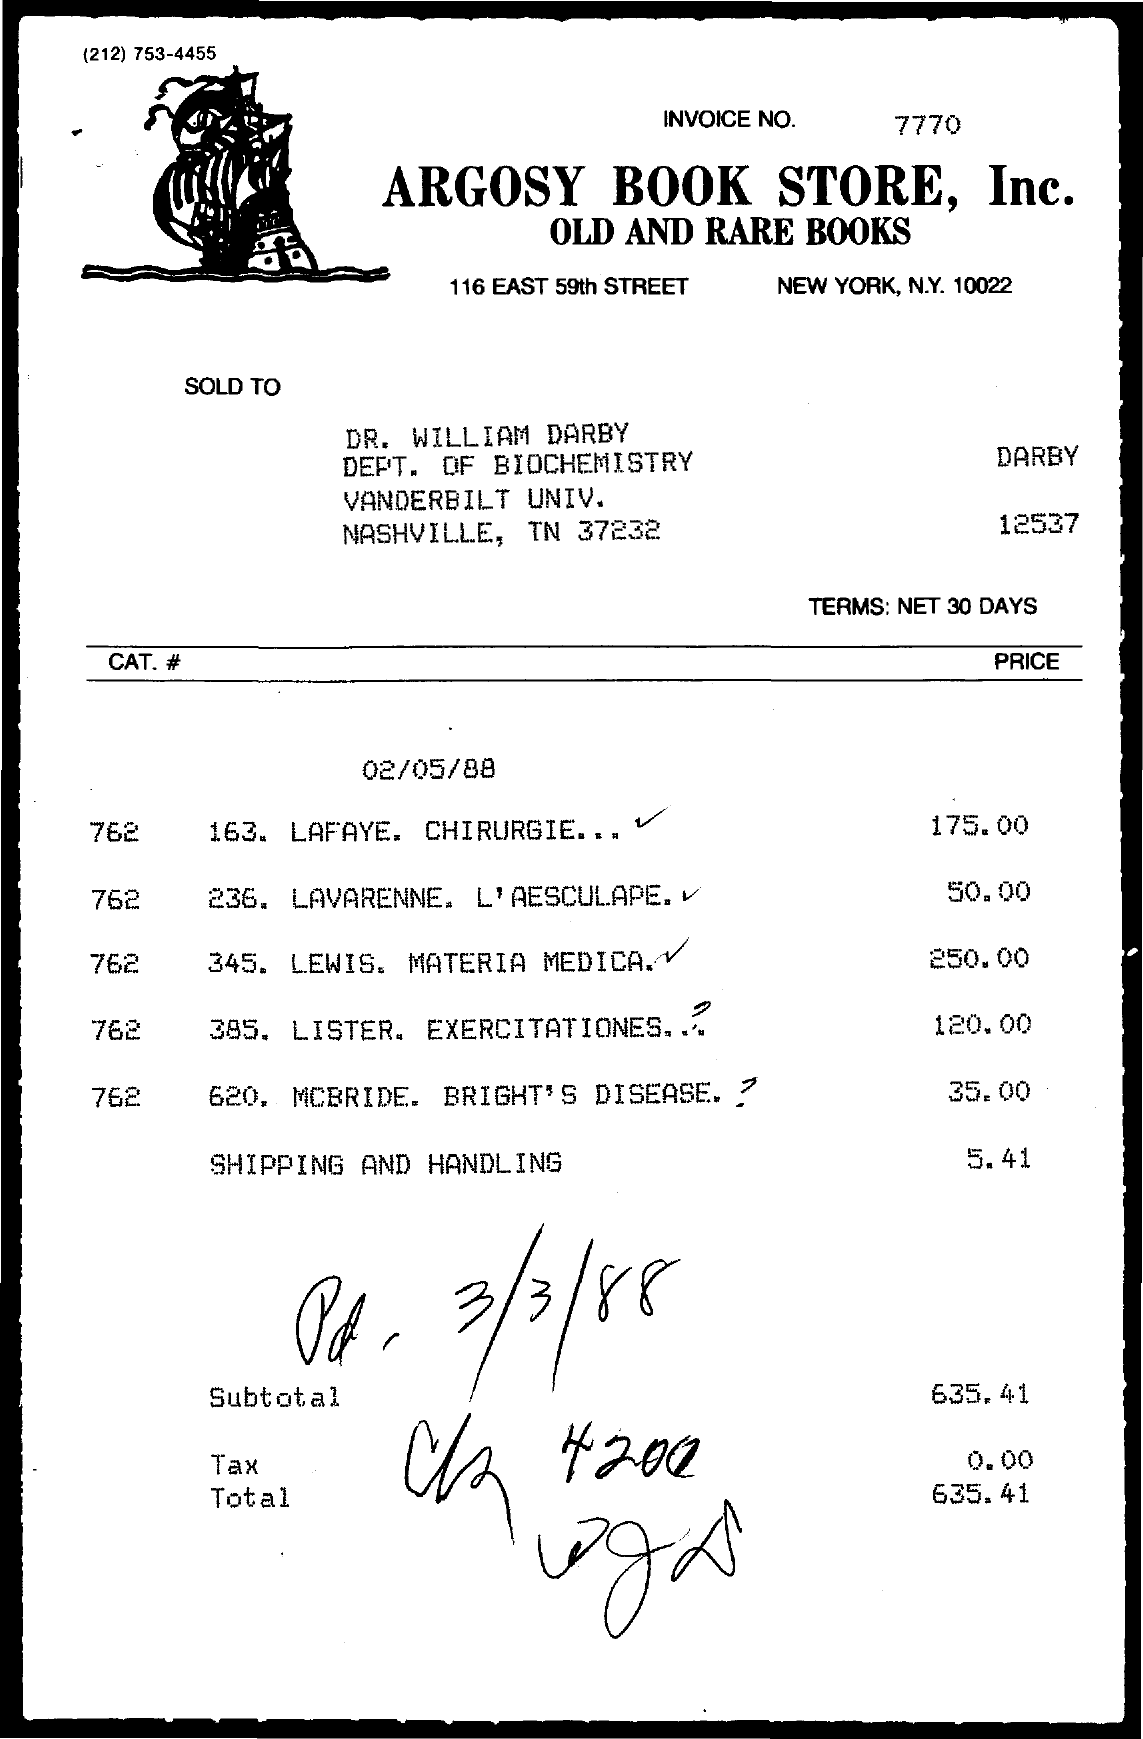
(212) 753-4455
     INVOICE NO. 7770
     ARGOSY   BOOK   STORE,  Inc.
     OLD AND RARE BOOKS
     116 EAST 59th STREET NEW YORK, N.Y. 10022
     SOLD TO
     DR. WILLIAM DARBY
     DEPT. OF BIOCHEMISTRY    DARBY
     VANDERBILT UNIV.
     NASHVILLE, TN 37232    12537
     TERMS: NET 30 DAYS
     CAT. #    PRICE
     02/05/88
    762  163. LAFAYE. CHIRURGIE. .. V 175.00
    762  236. LAVARENNE. L'AESCULAPE. V 50.00
    762  345. LEWIS. MATERIA MEDICA.V 250.00
    762  385. LISTER. EXERCITATIONES ... 120.00
    762  620. MCBRIDE. BRIGHT'S DISEASE. ? 35.00
     SHIPPING AND HANDLING    5.41
     04 .  3/3/88
     Subtotal    635.41
     C    +200 Tax    0.00
     Total    635.41